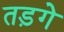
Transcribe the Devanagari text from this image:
तड़गे